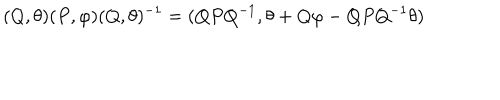
( Q , \theta ) ( P , \varphi ) ( Q , \theta ) ^ { - 1 } = ( Q P Q ^ { - 1 } , \theta + Q \varphi - Q P Q ^ { - 1 } \theta )